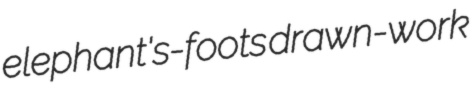
elephant's-foots drawn-work